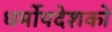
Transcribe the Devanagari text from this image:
धर्मोपदेशकों